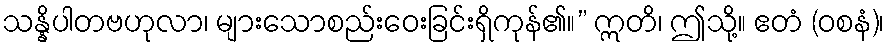
သန္နိပါတဗဟုလာ၊ များသောစည်းဝေးခြင်းရှိကုန်၏။” ဣတိ၊ ဤသို့။ ဧတံ (ဝစနံ)၊